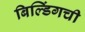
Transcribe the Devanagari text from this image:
बिल्डिंगची